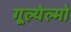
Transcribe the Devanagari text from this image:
गूल्येल्मो